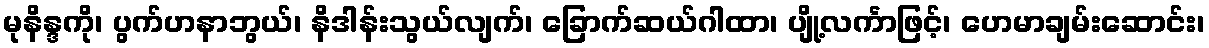
မုနိန္ဒကို၊ ပွက်ဟနာဘွယ်၊ နိဒါန်းသွယ်လျက်၊ ခြောက်ဆယ်ဂါထာ၊ ပျို့လင်္ကာဖြင့်၊ ဟေမာချမ်းဆောင်း၊